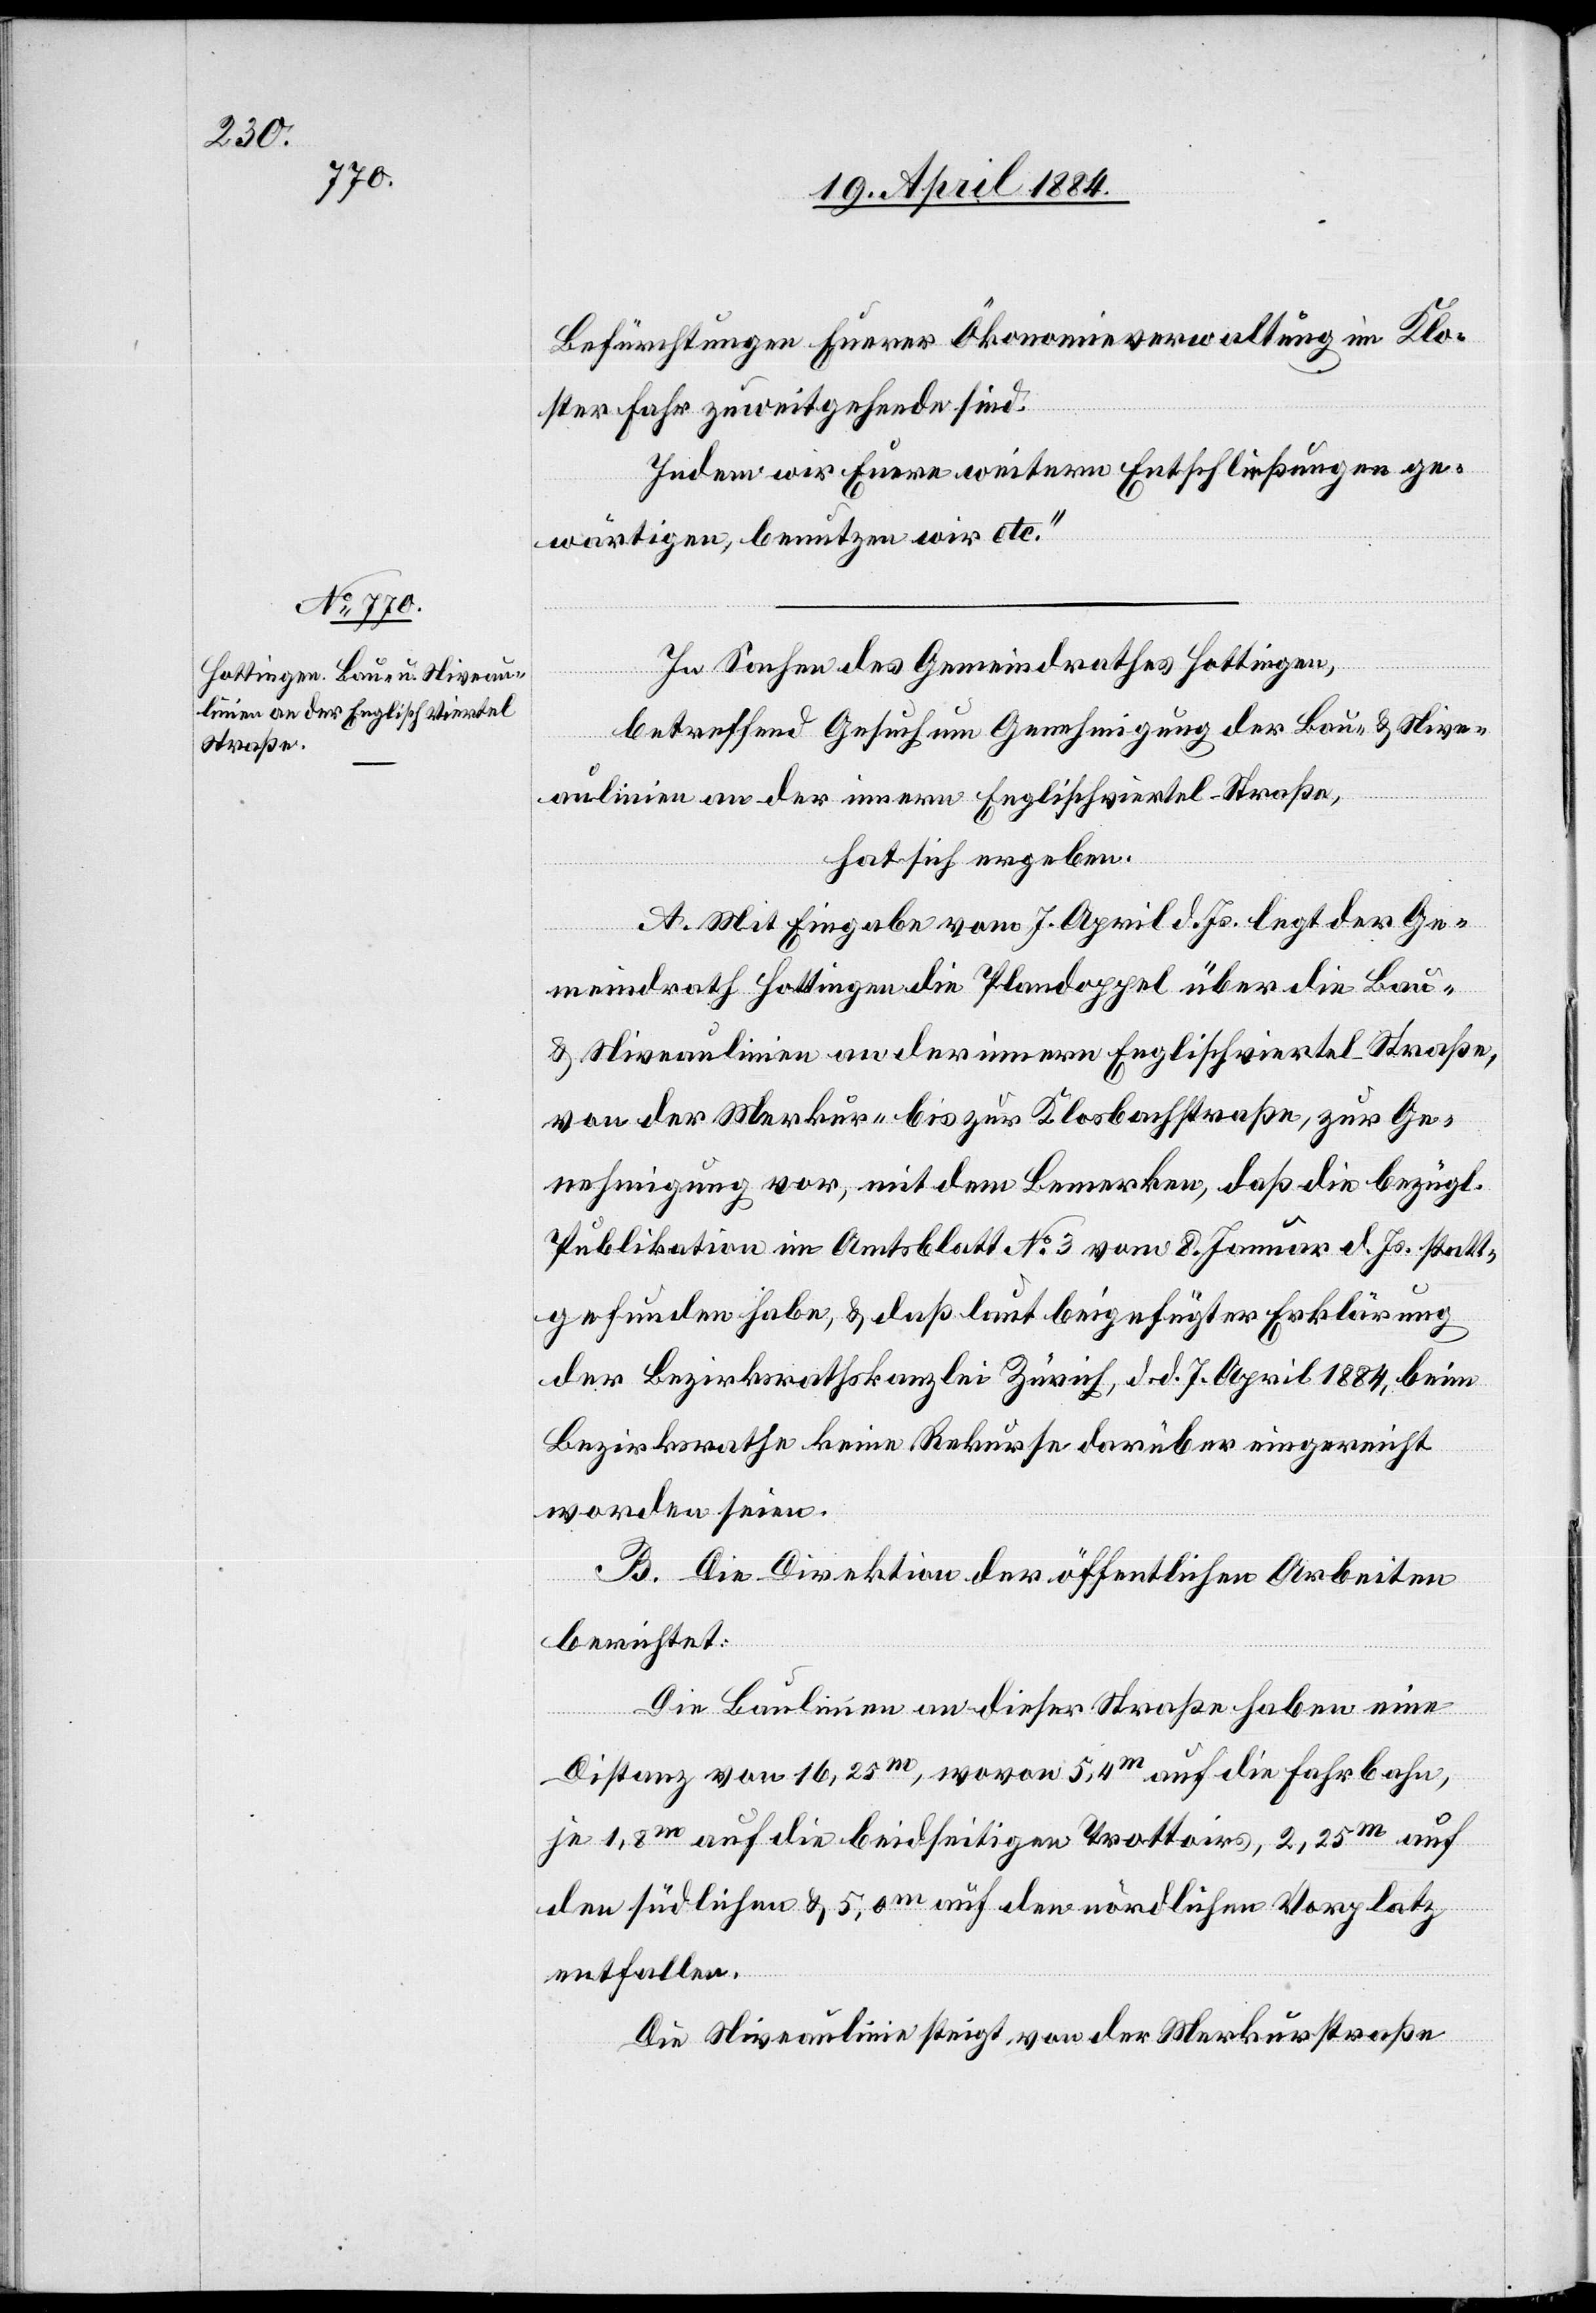
Befürchtungen Euerer Ökonomieverwaltung im Klo¬
Nive¬
ster Fahr zuweitgehende sind.
Indem wir Euere weiteren Entschließungen ge¬
wärtigen, benutzen wir etc.“
In Sachen des Gemeindrathes Hottingen,
betreffend Gesuch um Genehmigung der Bau- & Nive¬
aulinien an der innern Englischviertel-Straße,
hat sich ergeben:
A. Mit Eingabe vom 7. April d. Js. legt der Ge¬
meindrath Hottingen die Plandoppel über die Bau-
von der Merkur- bis zur Klosbachstraße, zur Ge¬
nehmigung vor, mit dem Bemerken, daß die bezügl.
Publikation im Amtsblatt No 3 vom 8. Januar d. Js. statt¬
gefunden habe, & daß laut beigefügter Erklärung
der Bezirksrathskanzlei Zürich, d. d. 7. April 1884, beim
Bezirksrathe keine Rekurse darüber eingereicht
worden seien.
B. Die Direktion der öffentlichen Arbeiten
berichtet:
Die Baulinien an dieser Straße haben eine
Distanz von 16,25m, wovon 5,4m auf die Fahrbahn,
je 1,8m auf die beidseitigen Trottoirs, 2,25m auf
den südlichen & 5,0m auf den nördlichen Vorplatz
entfallen.
Die Niveaulinie steigt von der Merkurstraße